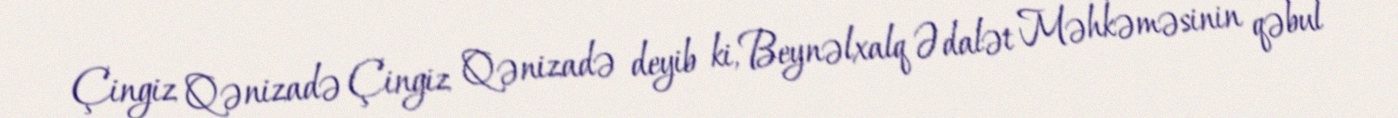
Çingiz Qənizadə Çingiz Qənizadə deyib ki, Beynəlxalq Ədalət Məhkəməsinin qəbul